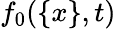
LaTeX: f_{0}(\{ x\} ,t)